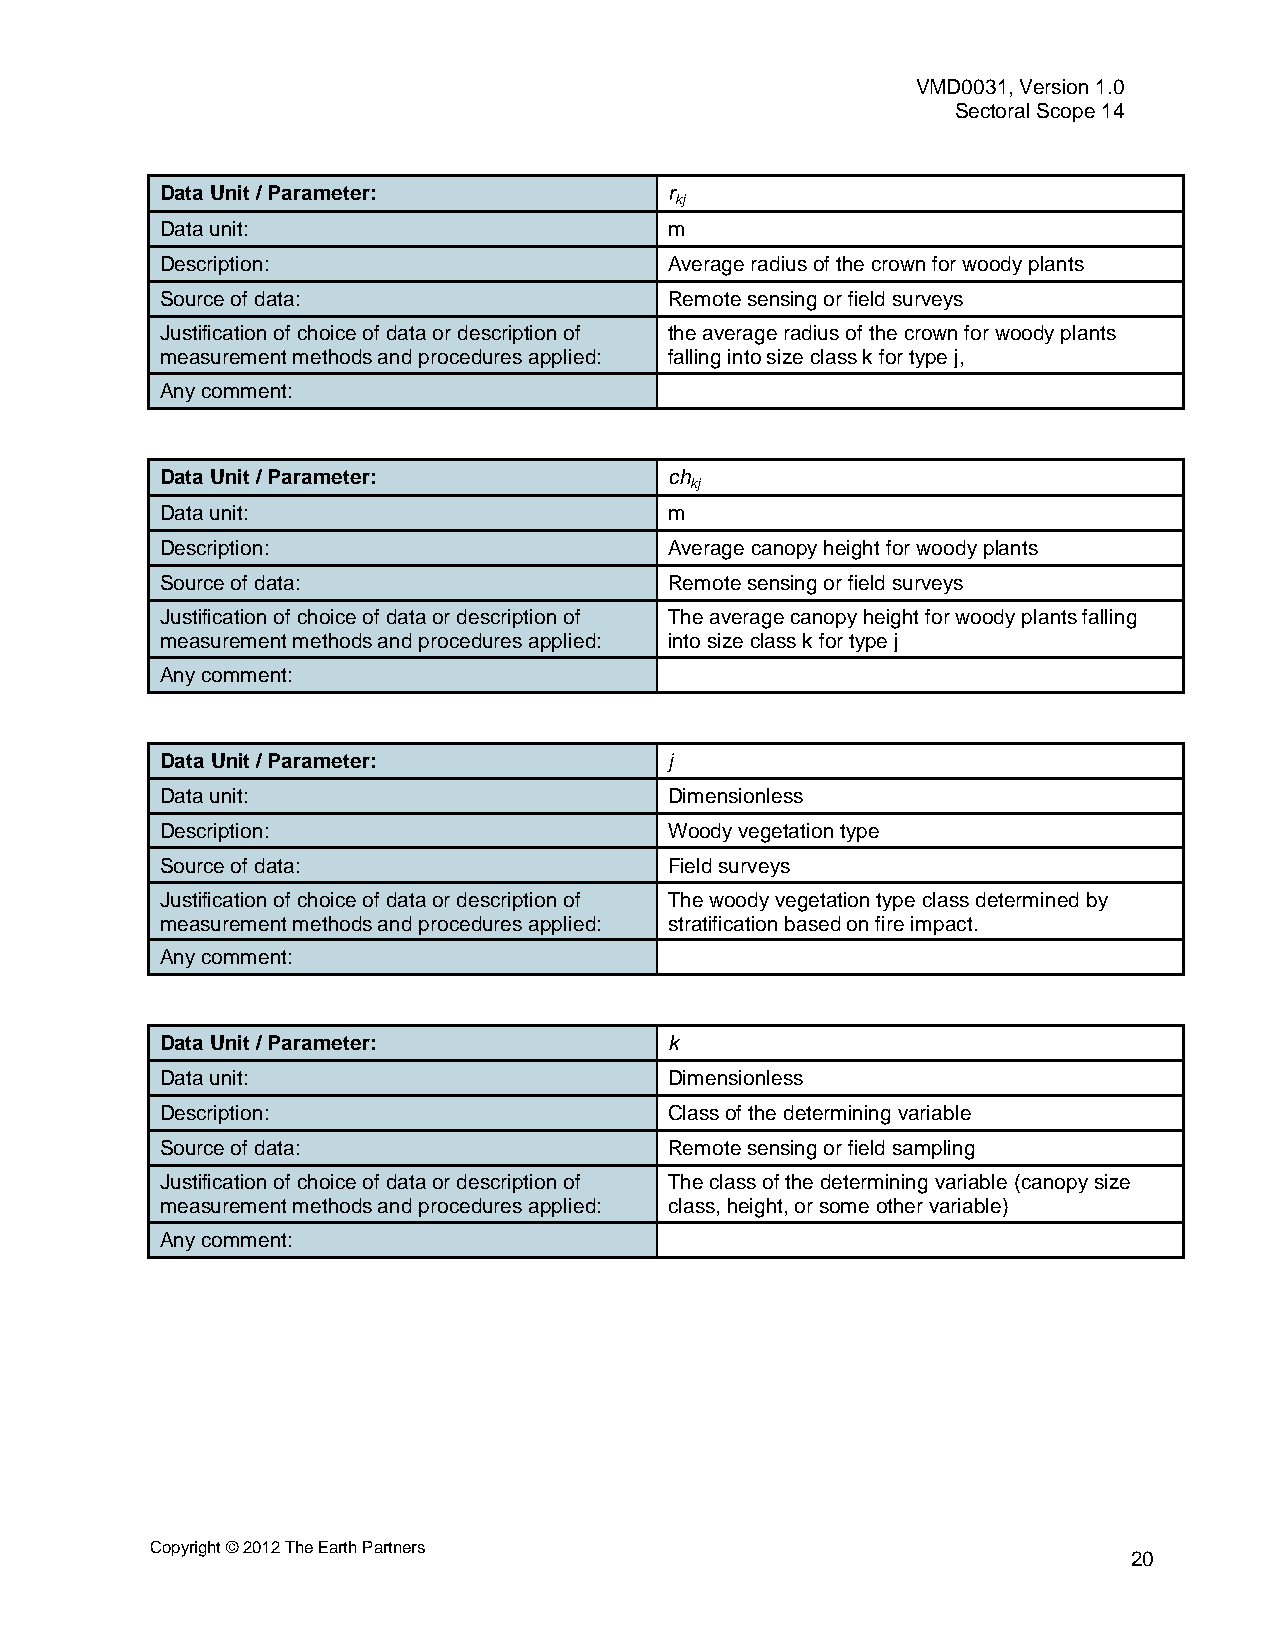
VMD0031, Version 1.0
 Sectoral Scope 14
 Data Unit / Parameter:           r
 kj
 Data unit:                       m
 Description:                     Average radius of the crown for woody plants
 Source of data:                  Remote sensing or field surveys
 Justification of choice of data or description of the average radius of the crown for woody plants
 measurement methods and procedures applied: falling into size class k for type j,
 Any comment:
 Data Unit / Parameter:           ch
 kj
 Data unit:                       m
 Description:                     Average canopy height for woody plants
 Source of data:                  Remote sensing or field surveys
 Justification of choice of data or description of The average canopy height for woody plants falling
 measurement methods and procedures applied: into size class k for type j
 Any comment:
 Data Unit / Parameter:           j
 Data unit:                       Dimensionless
 Description:                     Woody vegetation type
 Source of data:                  Field surveys
 Justification of choice of data or description of The woody vegetation type class determined by
 measurement methods and procedures applied: stratification based on fire impact.
 Any comment:
 Data Unit / Parameter:           k
 Data unit:                       Dimensionless
 Description:                     Class of the determining variable
 Source of data:                  Remote sensing or field sampling
 Justification of choice of data or description of The class of the determining variable (canopy size
 measurement methods and procedures applied: class, height, or some other variable)
 Any comment:
 Copyright © 2012 The Earth Partners
 20